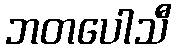
ဘတပေါသီ